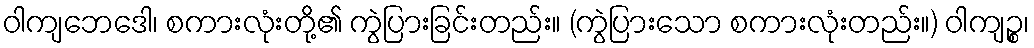
ဝါကျဘေဒေါ၊ စကားလုံးတို့၏ ကွဲပြားခြင်းတည်း။ (ကွဲပြားသော စကားလုံးတည်း။) ဝါကျဉ္စ၊